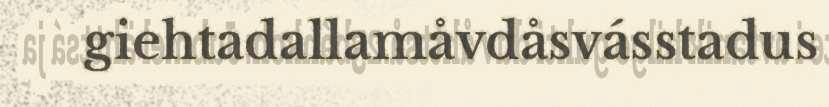
giehtadallamåvdåsvásstadus